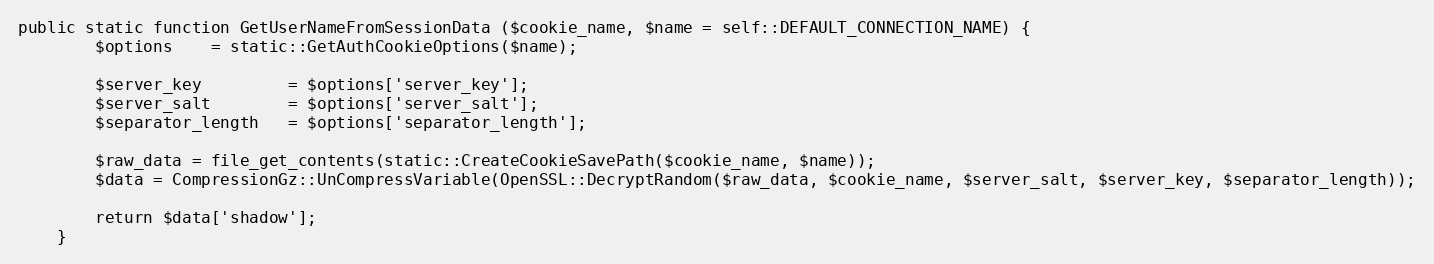
Language: PHP
public static function GetUserNameFromSessionData ($cookie_name, $name = self::DEFAULT_CONNECTION_NAME) {
		$options	= static::GetAuthCookieOptions($name);

		$server_key			= $options['server_key'];
		$server_salt		= $options['server_salt'];
		$separator_length	= $options['separator_length'];

		$raw_data = file_get_contents(static::CreateCookieSavePath($cookie_name, $name));
		$data = CompressionGz::UnCompressVariable(OpenSSL::DecryptRandom($raw_data, $cookie_name, $server_salt, $server_key, $separator_length));

		return $data['shadow'];
	}